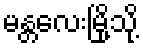
မန္တလေးမြို့သို့